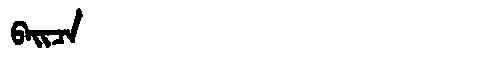
Manchu: ᠪᠠᡳᠴᠠ
Romanization: BAICA